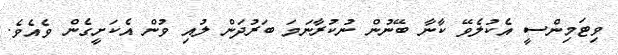
ވިޓަމިންސީ އެކުލެވޭ ކާނާ ބޭނުން ނުކުރާނަމަ ބަރުދަން ލުއި ވުން އެކަށީގެން ވެއެވެ.